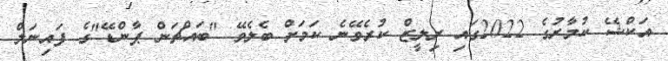
އަކްޝޭ ކުމާރުގެ 2022ގައި ރިލީޒް ކުރެވޭނެ ކަމަށް ބެލެވޭ "ބައްޗަން ޕާންޑޭ"ގެ ފައިނަލް